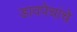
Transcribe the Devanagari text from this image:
डावपेचांचे